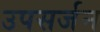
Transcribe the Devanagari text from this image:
उपसर्जन